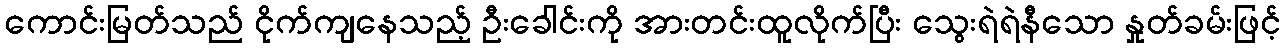
ကောင်းမြတ်သည် ငိုက်ကျနေသည့် ဦးခေါင်းကို အားတင်းထူလိုက်ပြီး သွေးရဲရဲနီသော နှုတ်ခမ်းဖြင့်